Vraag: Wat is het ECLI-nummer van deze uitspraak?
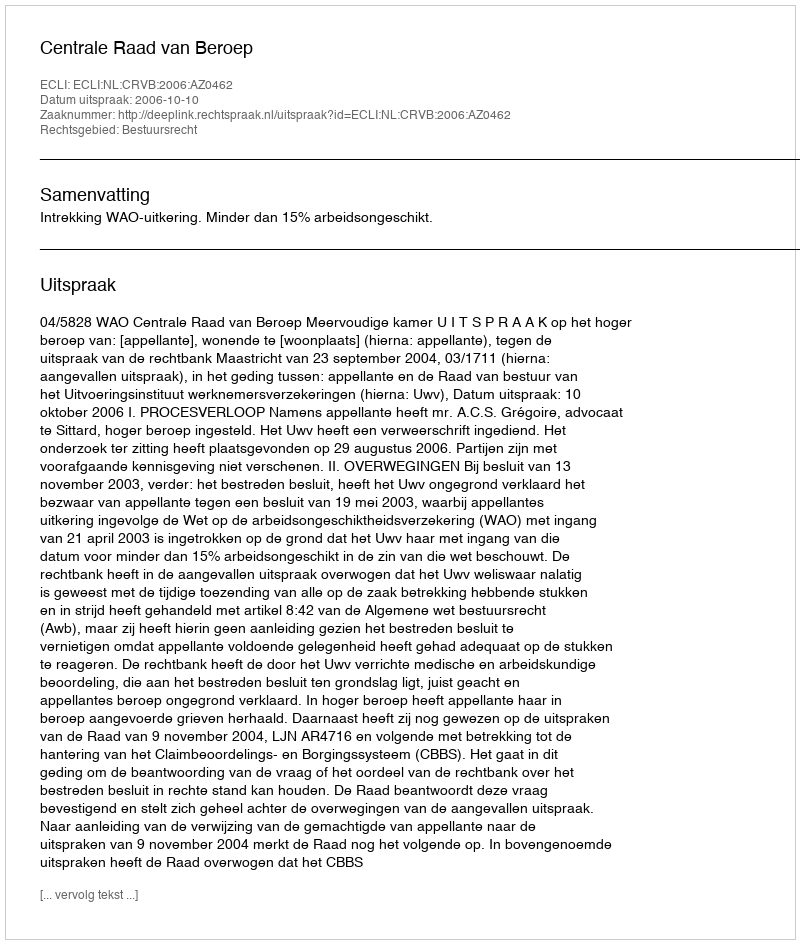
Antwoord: ECLI:NL:CRVB:2006:AZ0462